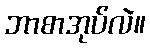
ဘာစာအုပ်လဲ။